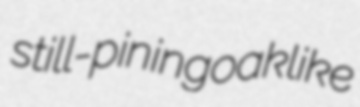
still-pining oaklike